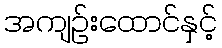
အကျဉ်းထောင်နှင့်